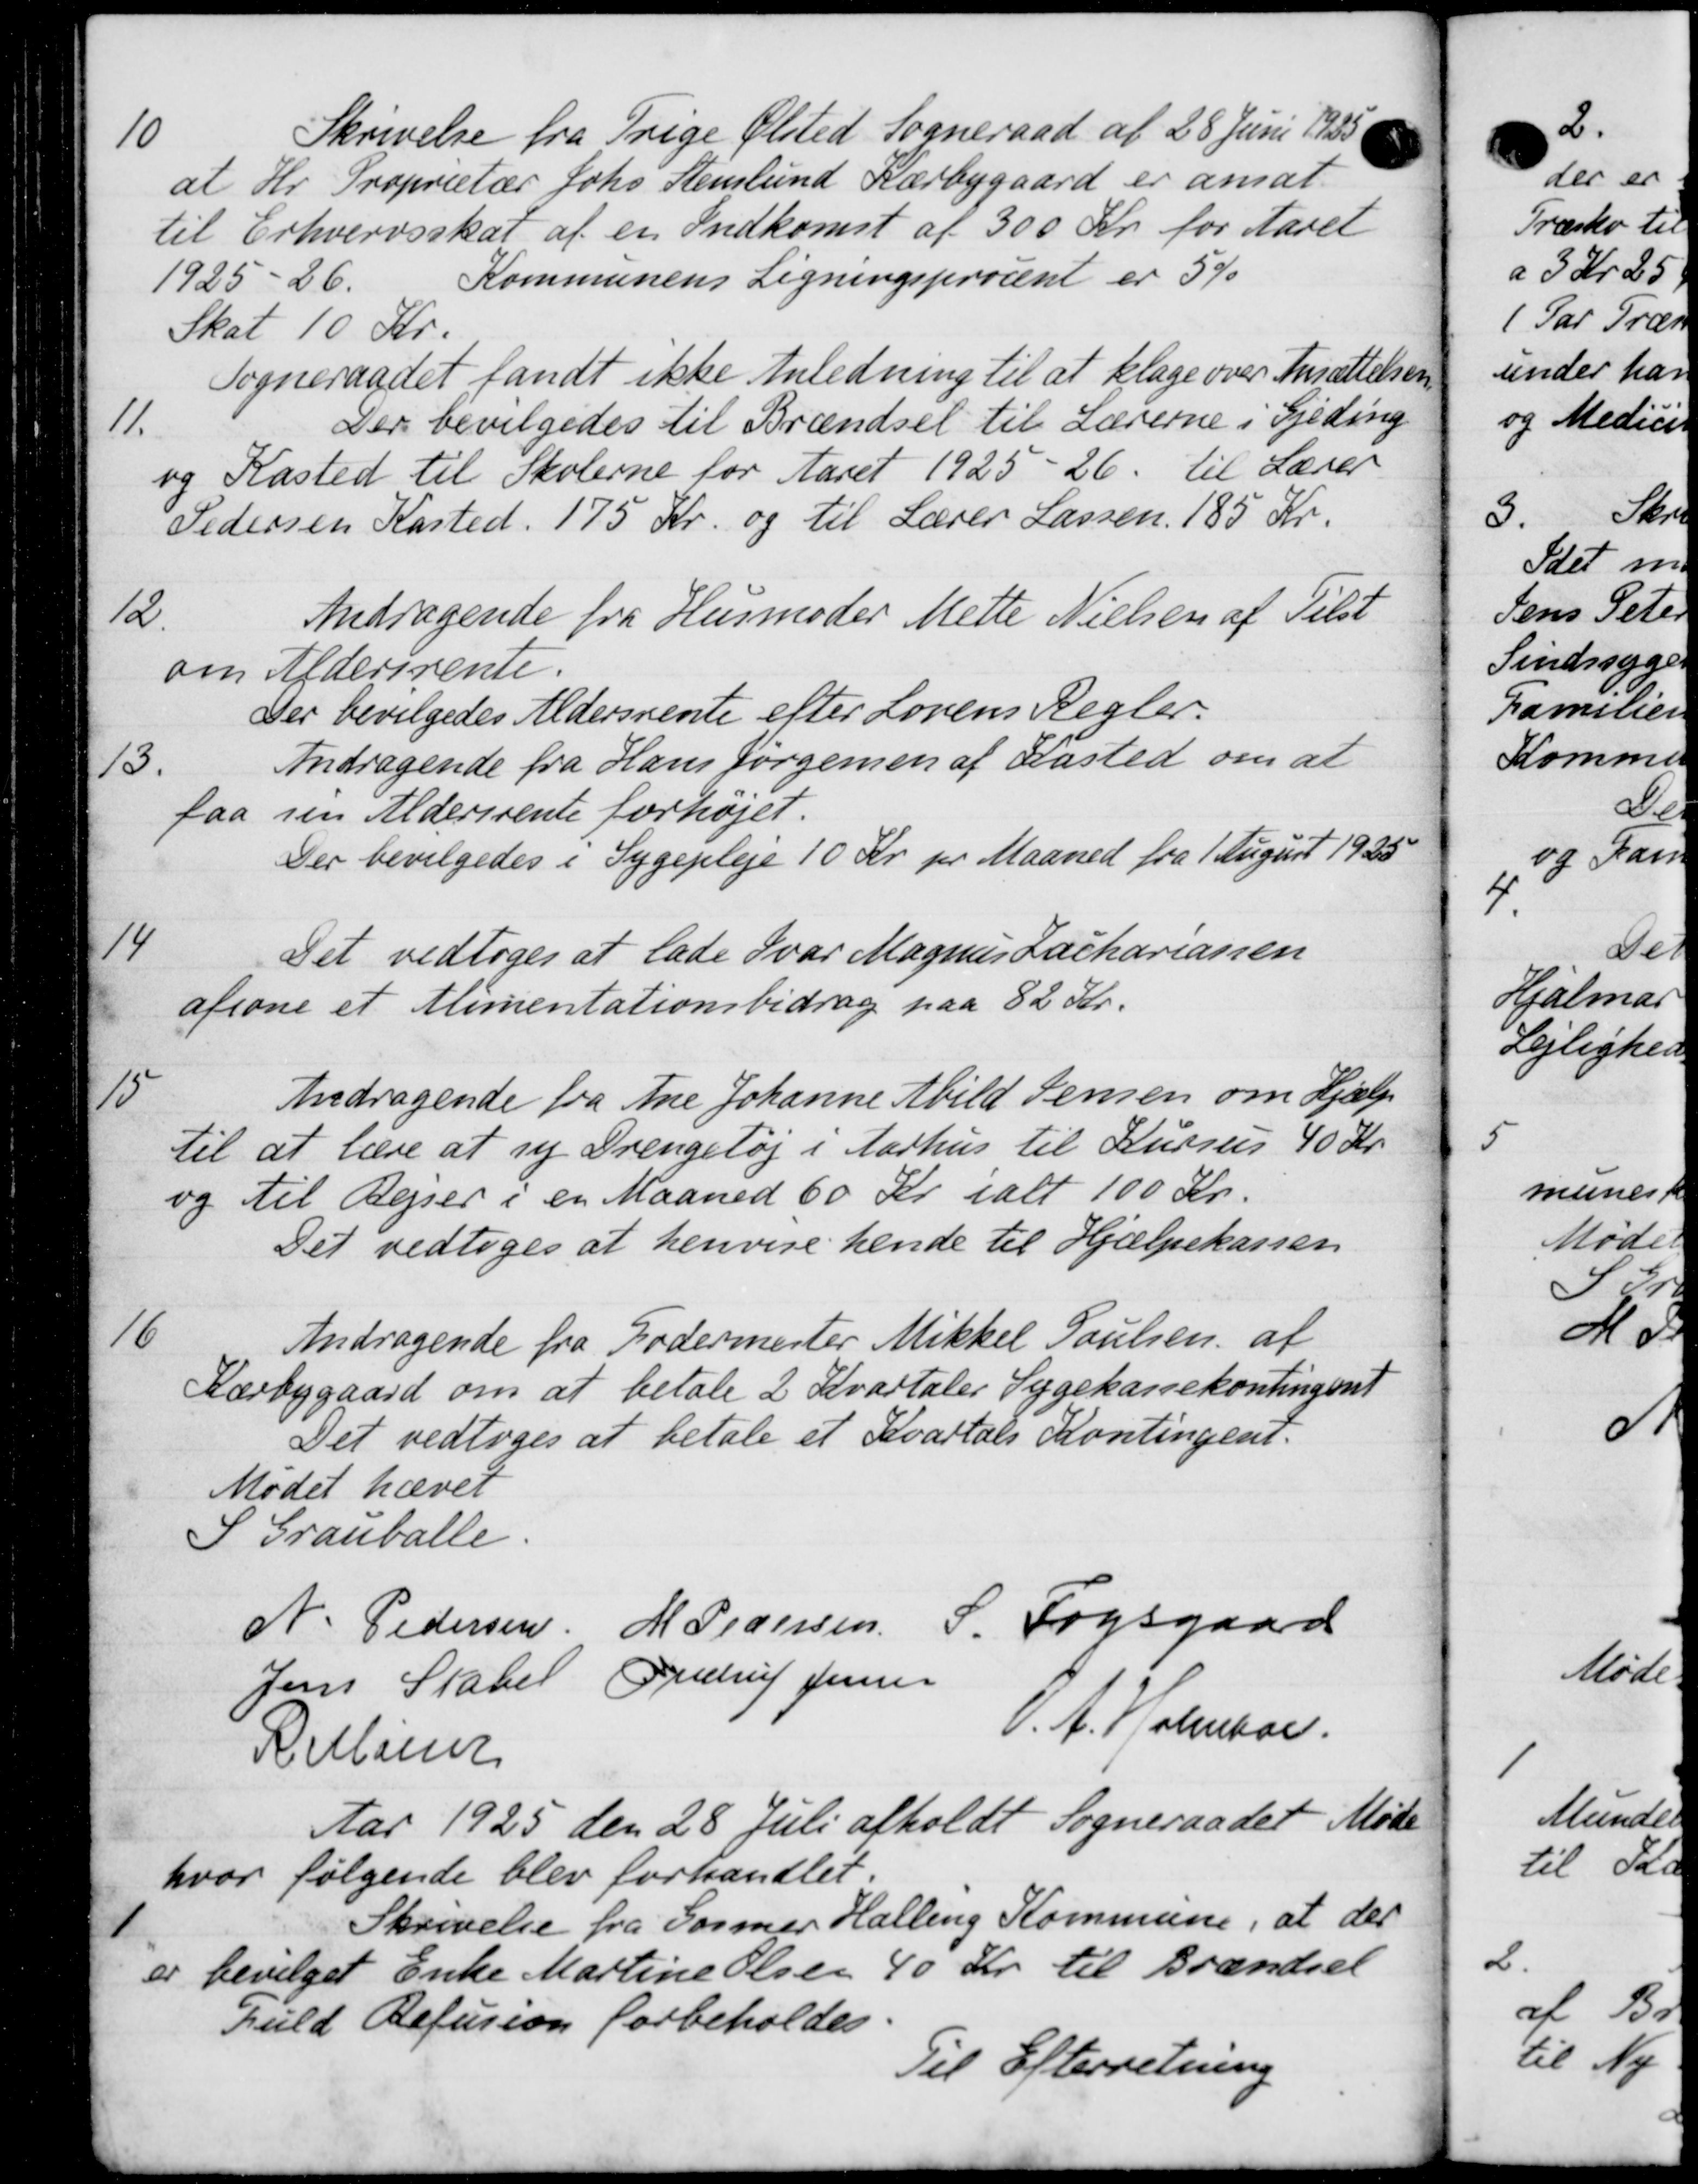
Transskription:
10
Skrivelse fra Trige Ølsted Sogneraad af 28 Juni 1925.
at Hr. Proprietær Johs. Stenlund Kærbygaard er ansat
til Erhvervsskat af en Indkomst af 300 Kr. for Aaret
1925-26.
Kommunens Ligningsprocent er 5%
Skat 10 Kr.
Sogneraadet fandt ikke Anledning til at klage over Ansættelsen
11.
Der bevilgedes til Brændsel til Lærerne i Gjeding
og Kasted til Skolerne for Aaret 1925-26. til Lærer
Pedersen Kasted. 175 Kr. og til Lærer Larsen 185 Kr.
12
Andragende fra Husmoder Mette Nielsen af Tilst
om Aldersrente.
Der bevilgedes Aldersrente efter Lovens Regler.
13.
Andragende fra Hans Jørgensen af Kasted om at
faa sin Aldersrente forhøjet.
Der bevilgedes i Sygepleje 10 Kr pr Maaned fra 1 August 1923
14
Det vedtoges at lade Svar Magnus Lachariassen
afsone et Alimentationsbidrag paa 82 Kr.
15
Andragende fra Ane Johanne Abild Jensen om Hjælp
til at lære at ny Drengetøj i Aarhus til Kursus 40 Kr.
og til Rejser i en Maaned 60 Kr. ialt 100 Kr.
Det vedtoges at henvise hende til Hjælpekassen
16
Andragende fra Fodermester Mikkel Poulsen af
Kærbygaard om at betale 2 Kvartaler Sygekassekontingent
Det vedtoges at betale et Kvartals Kontingent.
Mødet hævet
S Granballe.
N. Pedersen M Pedersen, S. Fogsgaard
Jens Stabel Ordrup Jensen
R Miner
V. A. Holmbor
Aar 1925 den 28 Juli afholdt Sogneraadet Møde
hvor følgende blev forhandlet.

Skrivelse fra Gormer Halling Kommune, at der
er bevilget Enke Martine Olsen 40 Kr. til Brændsel
fuld Refusion forbeholdes
Til Efterretning